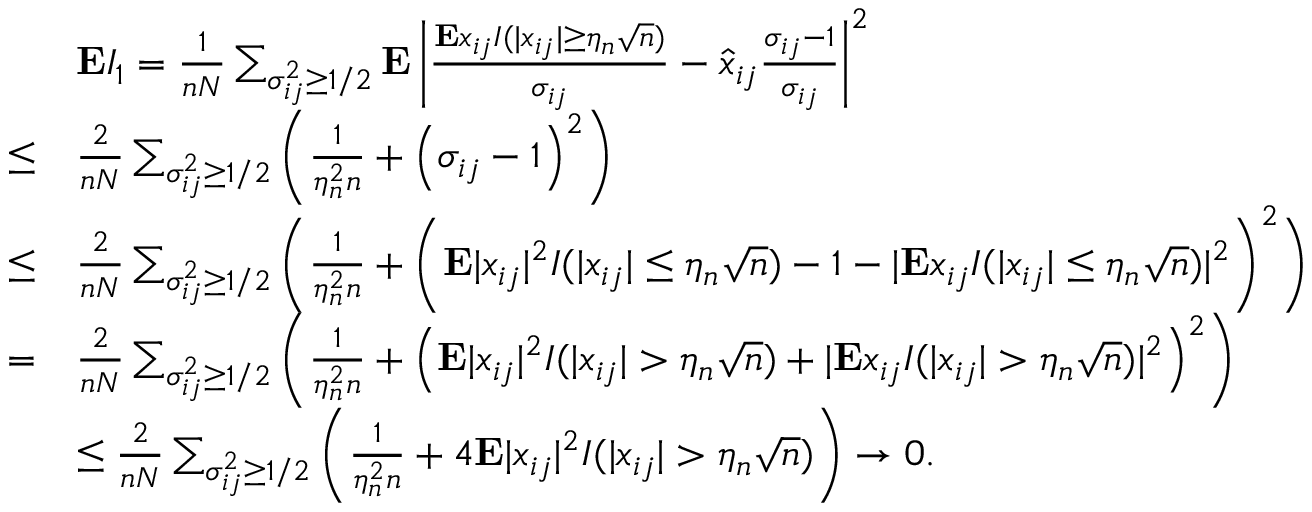
\begin{array} { r l } & { { \bf E } I _ { 1 } = \frac 1 { n N } \sum _ { \sigma _ { i j } ^ { 2 } \ge 1 / 2 } { \bf E } \left\vert \frac { { \bf E } x _ { i j } I ( \vert x _ { i j } \vert \ge \eta _ { n } \sqrt n ) } { \sigma _ { i j } } - \hat { x } _ { i j } \frac { \sigma _ { i j } - 1 } { \sigma _ { i j } } \right\vert ^ { 2 } } \\ { \le } & { \frac 2 { n N } \sum _ { \sigma _ { i j } ^ { 2 } \ge 1 / 2 } \left( \frac 1 { \eta _ { n } ^ { 2 } n } + \left( \sigma _ { i j } - 1 \right) ^ { 2 } \right) } \\ { \le } & { \frac 2 { n N } \sum _ { \sigma _ { i j } ^ { 2 } \ge 1 / 2 } \bigg ( \frac 1 { \eta _ { n } ^ { 2 } n } + \bigg ( { \bf E } \vert x _ { i j } \vert ^ { 2 } I ( \vert x _ { i j } \vert \leq \eta _ { n } \sqrt n ) - 1 - \vert { \bf E } x _ { i j } I ( \vert x _ { i j } \vert \leq \eta _ { n } \sqrt n ) \vert ^ { 2 } \bigg ) ^ { 2 } \bigg ) } \\ { = } & { \frac 2 { n N } \sum _ { \sigma _ { i j } ^ { 2 } \ge 1 / 2 } \left( \frac 1 { \eta _ { n } ^ { 2 } n } + \left( { \bf E } \vert x _ { i j } \vert ^ { 2 } I ( \vert x _ { i j } \vert > \eta _ { n } \sqrt n ) + \vert { \bf E } x _ { i j } I ( \vert x _ { i j } \vert > \eta _ { n } \sqrt n ) \vert ^ { 2 } \right) ^ { 2 } \right) } \\ & { \le \frac 2 { n N } \sum _ { \sigma _ { i j } ^ { 2 } \ge 1 / 2 } \left( \frac 1 { \eta _ { n } ^ { 2 } n } + 4 { \bf E } \vert x _ { i j } \vert ^ { 2 } I ( \vert x _ { i j } \vert > \eta _ { n } \sqrt n ) \right) \to 0 . } \end{array}